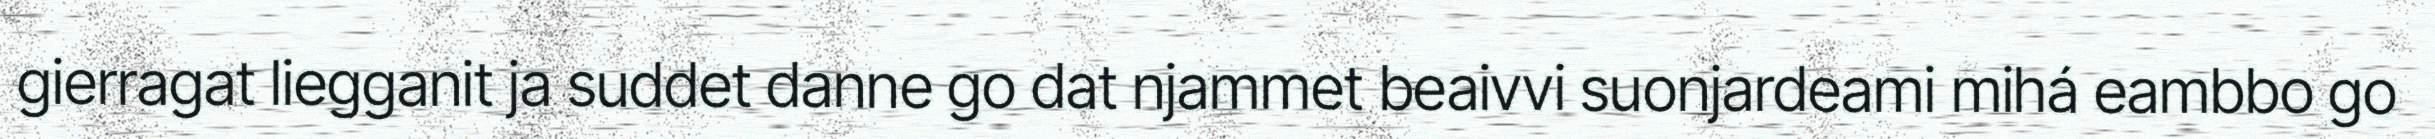
gierragat liegganit ja suddet danne go dat njammet beaivvi suonjardeami mihá eambbo go